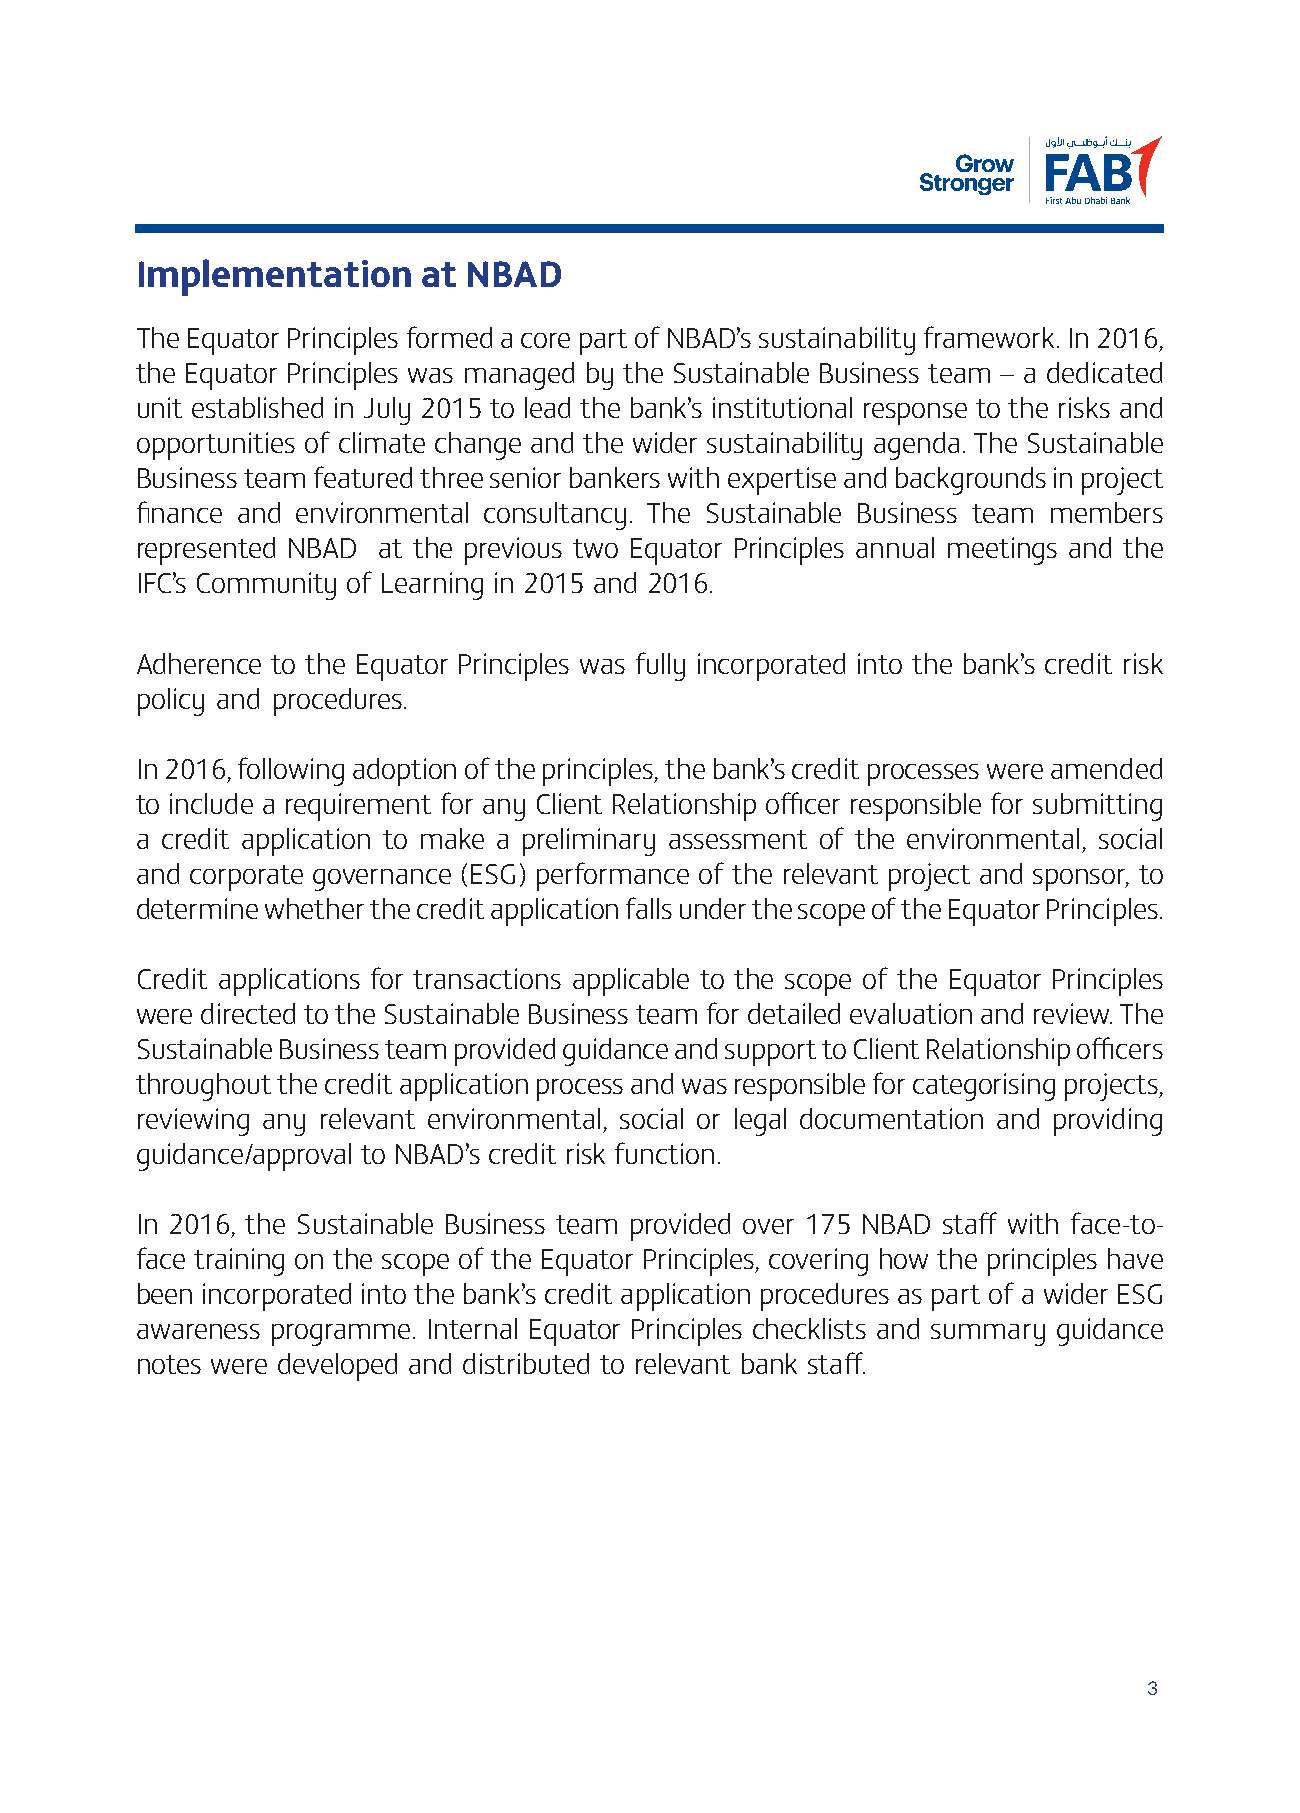
Implementation     at NBAD
 The Equator Principles formed a core part of NBAD’s sustainability framework. In 2016,
 the Equator Principles was managed by the Sustainable Business team – a dedicated
 unit established in July 2015 to lead the bank’s institutional response to the risks and
 opportunities of climate change and the wider sustainability agenda. The Sustainable
 Business team featured three senior bankers with expertise and backgrounds in project
 finance and environmental consultancy. The Sustainable Business team members
 represented NBAD at the previous two Equator Principles annual meetings and the
 IFC’s Community of Learning in 2015 and 2016.
 Adherence to the Equator Principles was fully incorporated into the bank’s credit risk
 policy and procedures.
 In 2016, following adoption of the principles, the bank’s credit processes were amended
 to include a requirement for any Client Relationship officer responsible for submitting
 a credit application to make a preliminary assessment of the environmental, social
 and corporate governance (ESG) performance of the relevant project and sponsor, to
 determine whether the credit application falls under the scope of the Equator Principles.
 Credit applications for transactions applicable to the scope of the Equator Principles
 were directed to the Sustainable Business team for detailed evaluation and review. The
 Sustainable Business team provided guidance and support to Client Relationship officers
 throughout the credit application process and was responsible for categorising projects,
 reviewing any relevant environmental, social or legal documentation and providing
 guidance/approval to NBAD’s credit risk function.
 In 2016, the Sustainable Business team provided over 175 NBAD staff with face-to-
 face training on the scope of the Equator Principles, covering how the principles have
 been incorporated into the bank’s credit application procedures as part of a wider ESG
 awareness programme. Internal Equator Principles checklists and summary guidance
 notes were developed and distributed to relevant bank staff.
 3